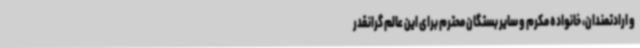
و ارادتمندان، خانواده مکرم و سایر بستگان محترم برای این عالم گرانقدر